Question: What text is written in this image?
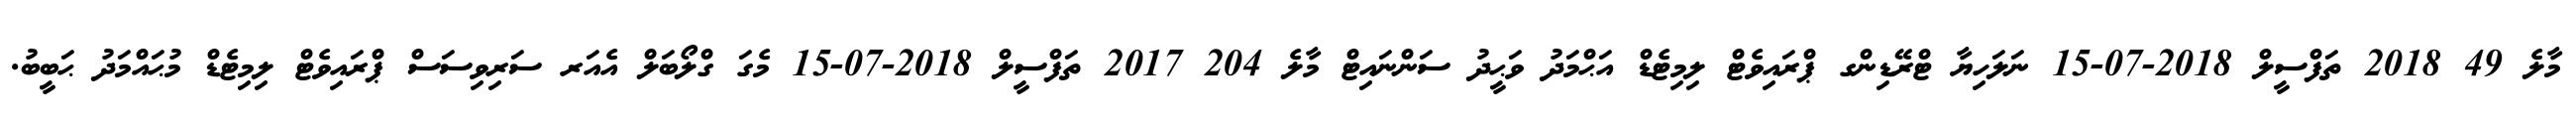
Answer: މާލެ 49 2018 ތަފްސީލް 2018-07-15 ނަލަހިޔާ ޓްރޭޑިންގ ޕްރައިވެޓް ލިމިޓެޑް އަޙްމަދު ވަޙީދު ސަންނައިޓް މާލެ 204 2017 ތަފްސީލް 2018-07-15 މެގަ ގްލޯބަލް އެއަރ ސަރިވިސަސް ޕްރައިވެޓް ލިމިޓެޑް މުޙައްމަދު ޙަބީބު.